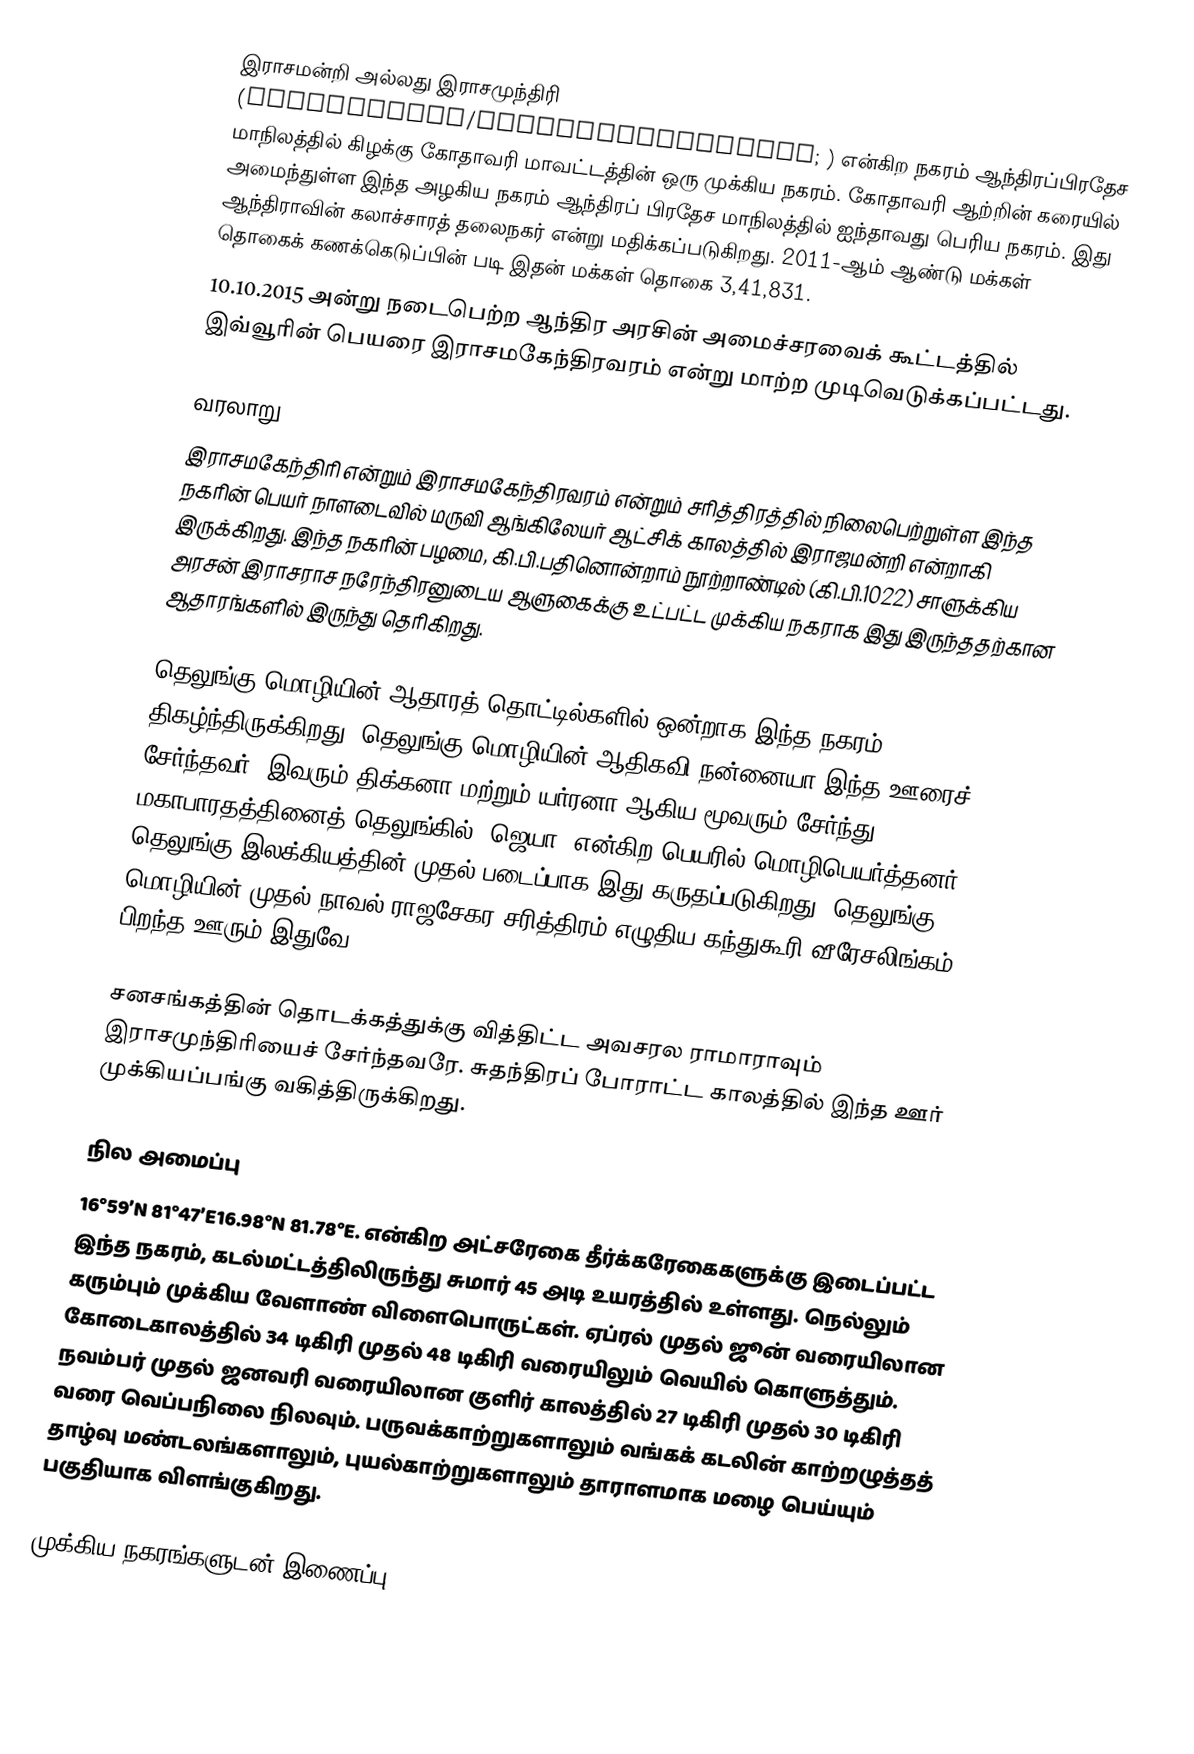
இராசமன்றி அல்லது இராசமுந்திரி (Rajahmundry/Rajamahendravaram; ) என்கிற நகரம் ஆந்திரப்பிரதேச மாநிலத்தில் கிழக்கு கோதாவரி மாவட்டத்தின் ஒரு முக்கிய நகரம். கோதாவரி ஆற்றின் கரையில் அமைந்துள்ள இந்த அழகிய நகரம் ஆந்திரப் பிரதேச மாநிலத்தில் ஐந்தாவது பெரிய நகரம். இது ஆந்திராவின் கலாச்சாரத் தலைநகர் என்று மதிக்கப்படுகிறது. 2011-ஆம் ஆண்டு மக்கள் தொகைக் கணக்கெடுப்பின் படி இதன் மக்கள் தொகை 3,41,831.
10.10.2015 அன்று நடைபெற்ற ஆந்திர அரசின் அமைச்சரவைக் கூட்டத்தில் இவ்வூரின் பெயரை இராசமகேந்திரவரம் என்று மாற்ற முடிவெடுக்கப்பட்டது.

வரலாறு
இராசமகேந்திரி என்றும் இராசமகேந்திரவரம் என்றும் சரித்திரத்தில் நிலைபெற்றுள்ள இந்த நகரின் பெயர் நாளடைவில் மருவி ஆங்கிலேயர் ஆட்சிக் காலத்தில் இராஜமன்றி என்றாகி இருக்கிறது. இந்த நகரின் பழமை, கி.பி.பதினொன்றாம் நூற்றாண்டில் (கி.பி.1022) சாளுக்கிய அரசன் இராசராச நரேந்திரனுடைய ஆளுகைக்கு உட்பட்ட முக்கிய நகராக இது இருந்ததற்கான ஆதாரங்களில் இருந்து தெரிகிறது.

தெலுங்கு மொழியின் ஆதாரத் தொட்டில்களில் ஒன்றாக இந்த நகரம் திகழ்ந்திருக்கிறது. தெலுங்கு மொழியின் ஆதிகவி நன்னையா இந்த ஊரைச் சேர்ந்தவர். இவரும் திக்கனா மற்றும் யர்ரனா ஆகிய மூவரும் சேர்ந்து மகாபாரதத்தினைத் தெலுங்கில் “ஜெயா” என்கிற பெயரில் மொழிபெயர்த்தனர். தெலுங்கு இலக்கியத்தின் முதல் படைப்பாக இது கருதப்படுகிறது. தெலுங்கு மொழியின் முதல் நாவல் ராஜசேகர சரித்திரம் எழுதிய கந்துகூரி வீரேசலிங்கம் பிறந்த ஊரும் இதுவே.

சனசங்கத்தின் தொடக்கத்துக்கு வித்திட்ட அவசரல ராமாராவும் இராசமுந்திரியைச் சேர்ந்தவரே. சுதந்திரப் போராட்ட காலத்தில் இந்த ஊர் முக்கியப்பங்கு வகித்திருக்கிறது.

நில அமைப்பு
16°59′N 81°47′E16.98°N 81.78°E. என்கிற அட்சரேகை தீர்க்கரேகைகளுக்கு இடைப்பட்ட இந்த நகரம், கடல்மட்டத்திலிருந்து சுமார் 45 அடி உயரத்தில் உள்ளது. நெல்லும் கரும்பும் முக்கிய வேளாண் விளைபொருட்கள். ஏப்ரல் முதல் ஜூன் வரையிலான கோடைகாலத்தில் 34 டிகிரி முதல் 48 டிகிரி வரையிலும் வெயில் கொளுத்தும். நவம்பர் முதல் ஜனவரி வரையிலான குளிர் காலத்தில் 27 டிகிரி முதல் 30 டிகிரி வரை வெப்பநிலை நிலவும். பருவக்காற்றுகளாலும் வங்கக் கடலின் காற்றழுத்தத் தாழ்வு மண்டலங்களாலும், புயல்காற்றுகளாலும் தாராளமாக மழை பெய்யும் பகுதியாக விளங்குகிறது.

முக்கிய நகரங்களுடன் இணைப்பு